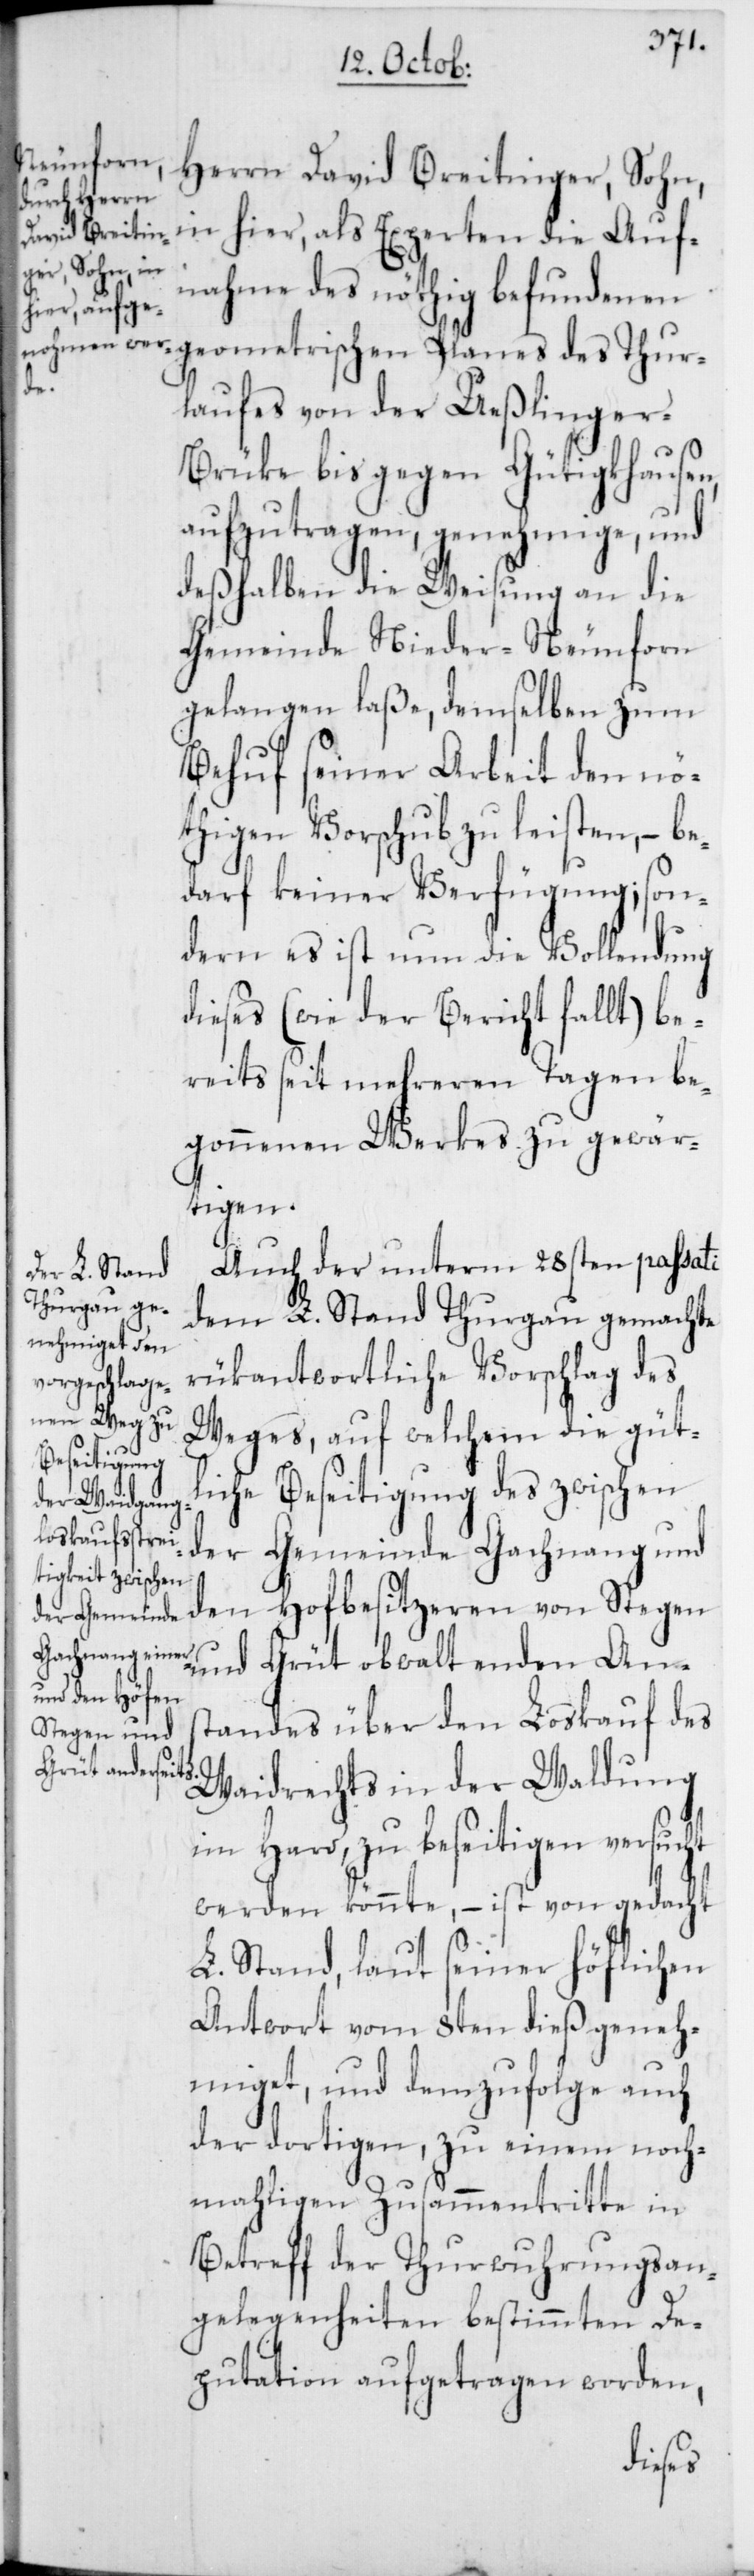
Herrn David Breitinger, Sohn,
in hier, als Experten die Auf¬
nahme des nöthig befundenen
geometrischen Planes des Thur¬
laufes von der Ueßlinger-B¬
rüke bis gegen Gütigkhausen,
aufzutragen, genehmige, und
deßhalben die Weisung an die
Gemeinde Nieder-Neunforn
gelangen laße, demselben zum
Behuf seiner Arbeit den nö¬
thigen Vorschub zu leisten, – be¬
darf keiner Verfügung; son¬
dern es ist nun die Vollendung
dieses (wie der Bericht fallt) be¬
reits seit mehreren Tagen be¬
gonnenen Werkes zu gewär¬
tigen.
Auch der unterm 28sten passati
dem L. Stand Thurgau gemachte
rükantwortliche Vorschlag des
Weges, auf welchem die güt¬
liche Beseitigung des zwischen
der Gemeinde Gachnang und
den Hofbesitzeren von Stegen
und Grüt obwaltenden Ans¬
tandes über den Loskauf des
Waidrechts in der Waldung
im Hard, zu beseitigen versucht
werden könnte, – ist von gedacht
L. Stand, laut seiner höflichen
Antwort vom 8ten dieß geneh¬
miget, und demzufolge auch
der dortigen, zu einem noch¬
mahligen Zusammentritte in
Betreff der Thurwuhrungsan¬
gelegeheiten bestimmten De¬
putation aufgetragen worden,